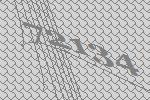
72134